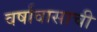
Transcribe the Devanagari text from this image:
वर्षावासाची